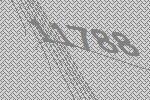
11788